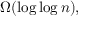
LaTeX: \Omega ( \log \log n ) ,